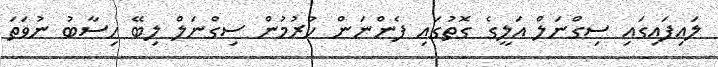
ލައިފައިގައި ސިގްނަލް އަލީގެ ގޮތުގައި ފެންނަން ހުރުމުން ސިގްނަލް ލިބޭ ހިސާބު ނުވަތަ